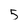
Character: 5